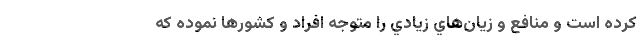
كرده است و منافع و زيان‌هاي زيادي را متوجه افراد و كشورها نموده كه